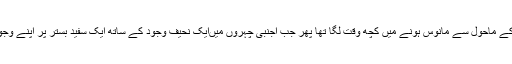
ذہن بالکل خالی تھا اپنے اردگرد کے ماحول سے مانوس ہونے میں کچھ وقت لگا تھا پھر جب اجنبی چہروں میںایک نحیف وجود کے ساتھ ایک سفید بستر پر اپنے وجود کو لیٹا دیکھا تو حیرانگی ہوئی۔